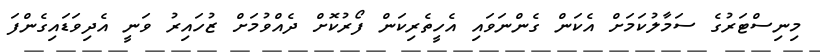
މިނިސްޓަރުގެ ސަމާލުކަމަށް އެކަން ގެންނަވައި އެހީތެރިކަން ފޯރުކޮށް ދެއްވުމަށް ޒުހައިރު ވަނީ އެދިވަޑައިގެންފަ